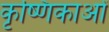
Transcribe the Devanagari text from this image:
कृष्णिकाओं